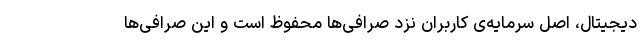
دیجیتال، اصل سرمایه‌ی کاربران نزد صرافی‌ها محفوظ است و این صرافی‌ها